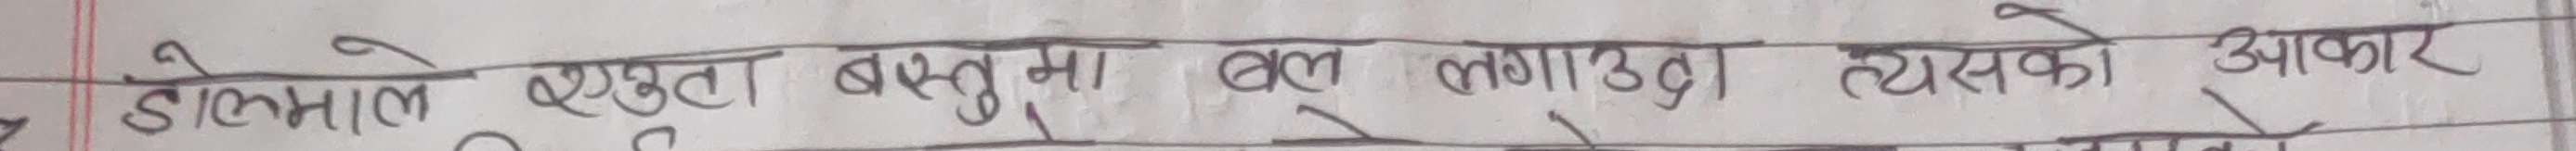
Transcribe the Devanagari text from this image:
डोलेमाल एउटा वस्तुमा बल लगाउदा त्यसको आकार